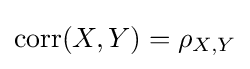
\mathrm {corr} (X,Y)=\rho _{X,Y}